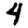
Digit: 4